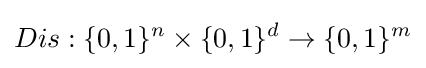
Dis:\{0,1\}^{n}\times \{0,1\}^{d}\rightarrow \{0,1\}^{m}